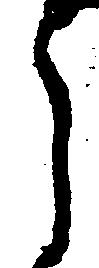
う